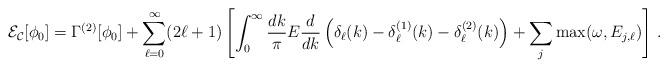
LaTeX: \begin{align*}{\cal E_C}[\phi_0] = \Gamma^{(2)}[\phi_0]+ \sum_{\ell=0}^\infty (2\ell + 1)\left[ \int_0^\infty \frac{dk}{\pi} E \frac{d}{dk}\left(\delta_\ell(k) - \delta^{(1)}_\ell(k) - \delta^{(2)}_\ell(k) \right)+ \sum_j \mbox{max}(\omega, E_{j,\ell}) \right] \,.\end{align*}